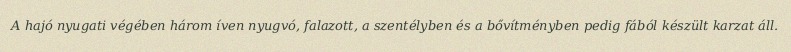
A hajó nyugati végében három íven nyugvó, falazott, a szentélyben és a bővítményben pedig fából készült karzat áll.